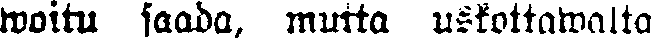
woitu saada, mutta uskottawalta